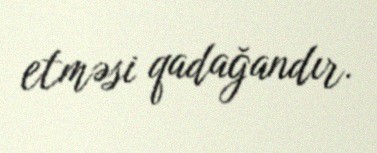
etməsi qadağandır.